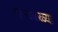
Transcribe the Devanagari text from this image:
हास्यकळ्या